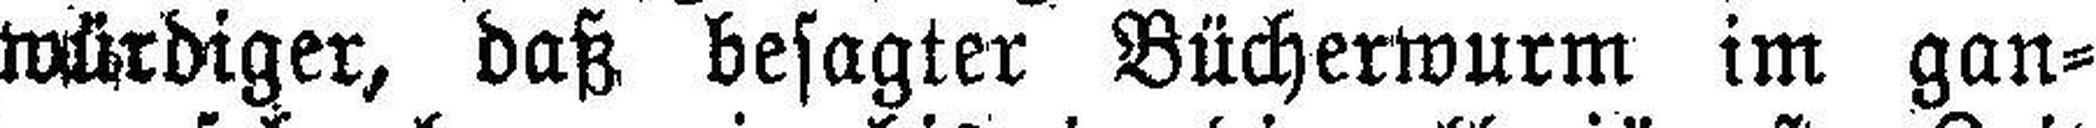
würdiger, daß besagter Bücherwurm im gan¬